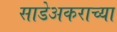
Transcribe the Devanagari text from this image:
साडेअकराच्या